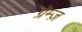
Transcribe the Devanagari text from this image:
ग्रेम्ज़